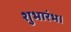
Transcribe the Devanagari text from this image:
शुभारंभ।